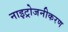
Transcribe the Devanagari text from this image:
नाइट्रोजनीकरण